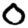
Digit: 0